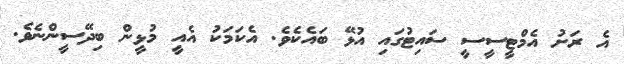
އެ ރަށު އެމްޓީސީސީ ސައިޓުގައި އުޅޭ ބައެކެވެ. އެކަމަކު އެއީ މުޅީން ބިދޭސީންނެވެ.